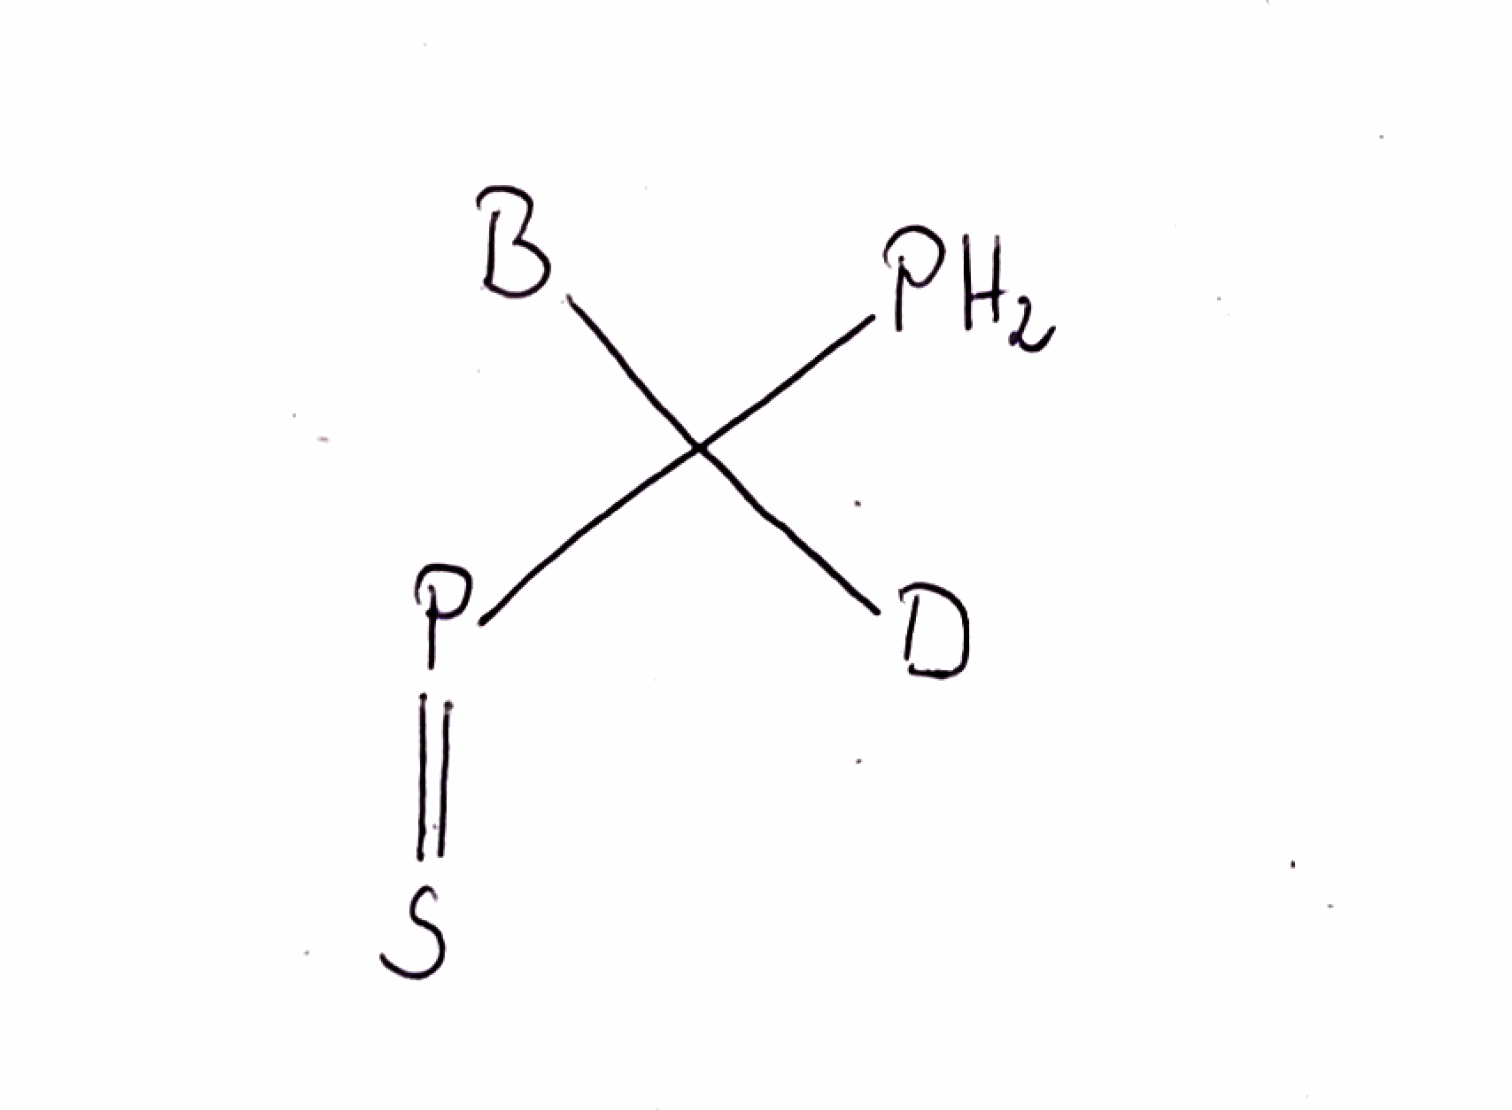
Simplified molecular-input line-entry system (SMILES) notation of the given molecule:
[2H]C([B])(P)P=S